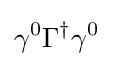
\gamma ^{0}\Gamma ^{\dagger }\gamma ^{0}